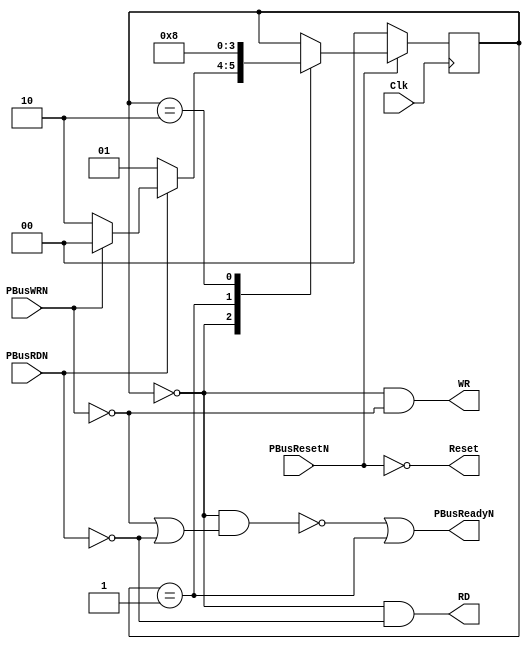
/*
 * $Header: /projects/raw/cvsroot/benchmark/include/vmw/interface/slic/interface-3cycle.v,v 1.2 1997/08/09 05:56:25 jbabb Exp $
 *
 * RAW Benchmark Suite Inteface Verilog
 * 
 *
 * Copyright @ 1997 MIT Laboratory for Computer Science, Cambridge, MA 02129
 */

/*
 * Interface logic to communication between the asynchronous PBus
 * and a synchronous address space (Addr,Data) for the main module.
 *
 * 3 cycle read, 2 cycle write.
 *
 */


module interface (
		  Clk,
		  PBusResetN,
		  PBusRDN,
		  PBusWRN,
		  PBusReadyN,
		  Reset,
		  RD,
		  WR
		  );

   input     Clk;
   input     PBusResetN;
   input     PBusRDN;
   input     PBusWRN;
   output    PBusReadyN;
   output    Reset;
   output    RD;
   output    WR;
   
   reg [1:0] State;
   
/* 
   State machine to control handshaking:

   2 cycle write:
    State    0 1
    PBusRDN  x x
    PBusWRN  0 x
    Ready    1 0
    WR       1 0

   3 cycle read:
    State    0 1 2
    PBusRDN  0 x x
    PBusWRN  1 x x
    Ready    1 1 0
    RD       1 0 0

*/

   assign PBusReadyN = !(State==0 && (!PBusWRN || !PBusRDN)) || (State==1);
   assign RD         =  (State==0 && !PBusRDN);
   assign WR         =  (State==0 && !PBusWRN);   
   assign Reset      = ! PBusResetN;
   
   always @(posedge Clk)
      begin
	 if (!PBusResetN) 
	    State=0; 
	 else
	    case (State)
	      0: if (!PBusRDN)
		 State=1;
	      else if (!PBusWRN)
		 State=2;
	      else
		 State=0;
	      1: State=2;
	      2: State=0;
	    endcase
      end
endmodule